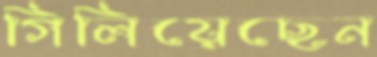
গিলিয়েছেন